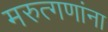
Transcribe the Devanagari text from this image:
मरुत्गणांना